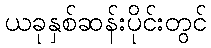
ယခုနှစ်ဆန်းပိုင်းတွင်